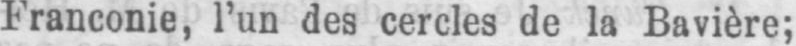
Franconie, l’un des cercles de la Bavière;